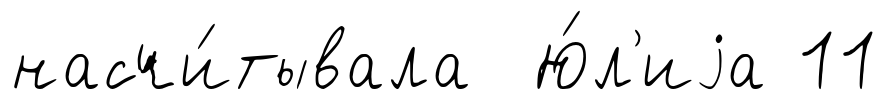
насчи́тывала Ю́л'иjа 11